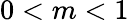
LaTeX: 0<m<1